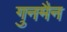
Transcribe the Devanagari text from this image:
गुनमैन